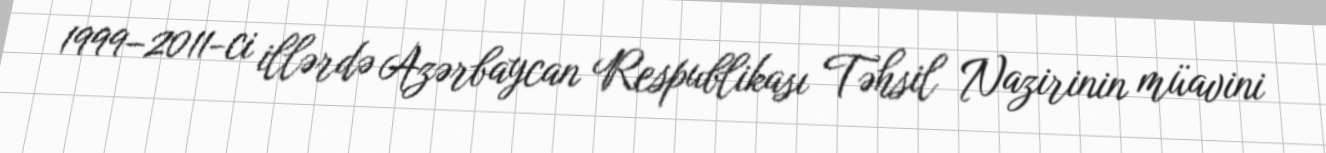
1999–2011-ci illərdə Azərbaycan Respublikası Təhsil Nazirinin müavini